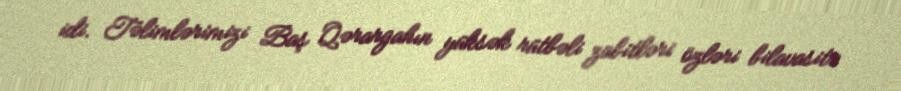
idi. Təlimlərimizi Baş Qərargahın yüksək rütbəli zabitləri özləri bilavasitə